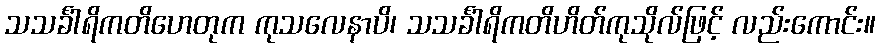
သသင်္ခါရိကတိဟေတုက ကုသလေနာပိ၊ သသင်္ခါရိကတိဟိတ်ကုသိုလ်ဖြင့် လည်းကောင်း။